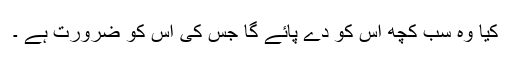
کیا وہ سب کچھ اس کو دے پائے گا جس کی اس کو ضرورت ہے ۔